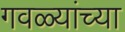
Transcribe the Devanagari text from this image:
गवळ्यांच्या